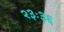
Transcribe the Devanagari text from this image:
२३ः३६